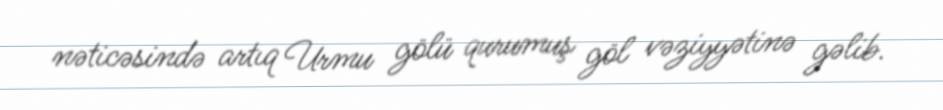
nəticəsində artıq Urmu gölü qurumuş göl vəziyyətinə gəlib.